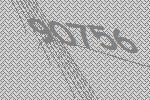
90756